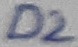
Text: D2